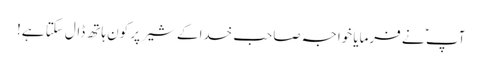
آپ ؑ نے فرمایا خواجہ صاحب خدا کے شیر پر کون ہاتھ ڈال سکتا ہے!